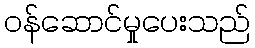
ဝန်ဆောင်မှုပေးသည်